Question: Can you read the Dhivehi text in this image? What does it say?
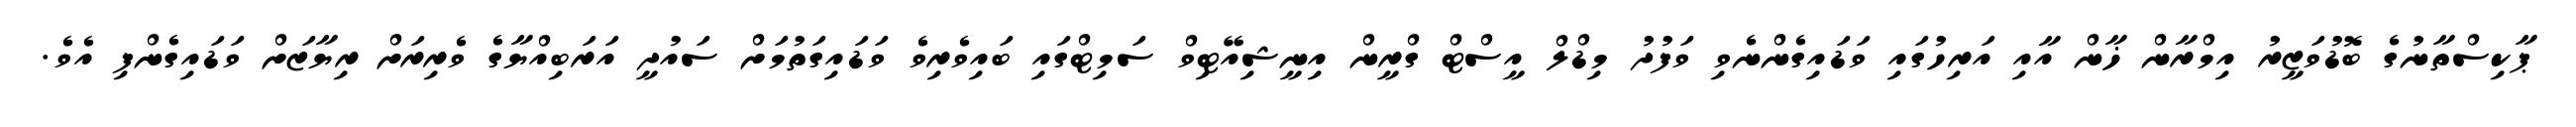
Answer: ޕާކިސްތާނުގެ ބޮޑުވަޒީރު އިމްރާން ޚާން އާއި އަރިހުގައި ވަޑައިގެންނެވި ވަފުދު މިޑްލް އީސްޓް ގްރީން އިނީޝިއޭޓިވް ސަމިޓްގައި ބައިވެރިވެ ވަޑައިގަތުމަށް ސައުދީ އަރަބިއްޔާގެ ވެރިރަށް ރިޔާޒަށް ވަޑައިގެންފި އެވެ.